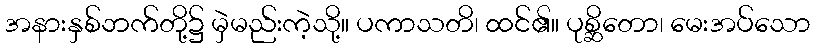
အနားနှစ်ဘက်တို့၌ မှဲမည်းကဲ့သို့။ ပကာသတိ၊ ထင်၏။ ပုစ္ဆိတော၊ မေးအပ်သော